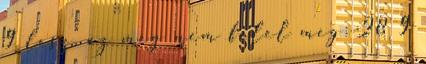
9 lesz, az még nem felel meg: 28 9